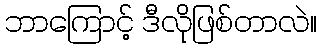
ဘာကြောင့် ဒီလိုဖြစ်တာလဲ။